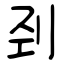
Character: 刭